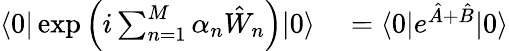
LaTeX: \begin{array}{rl}{\langle 0|\exp\left(i\sum_{n=1}^{M}\alpha_{n}\hat{W}_{n}\right)|0\rangle}&{{}=\langle 0|e^{\hat{A}+\hat{B}}|0\rangle}\end{array}